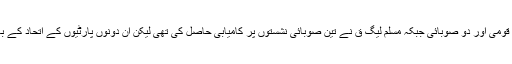
2008کے انتخابات میں پاکستان پیپلز پارٹی نے ایک قومی اور دو صوبائی جبکہ مسلم لیگ ق نے تین صوبائی نشستوں پر کامیابی حاصل کی تھی لیکن ان دونوں پارٹیوں کے اتحاد کے باوجود 2013میں ایک بھی نشست حاصل نہ کرسکیں۔